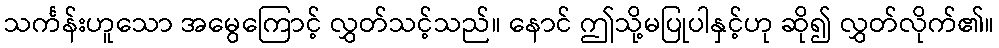
သင်္ကန်းဟူသော အမွေကြောင့် လွှတ်သင့်သည်။ နောင် ဤသို့မပြုပါနှင့်ဟု ဆို၍ လွှတ်လိုက်၏။